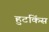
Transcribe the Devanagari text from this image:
हुटकिंस